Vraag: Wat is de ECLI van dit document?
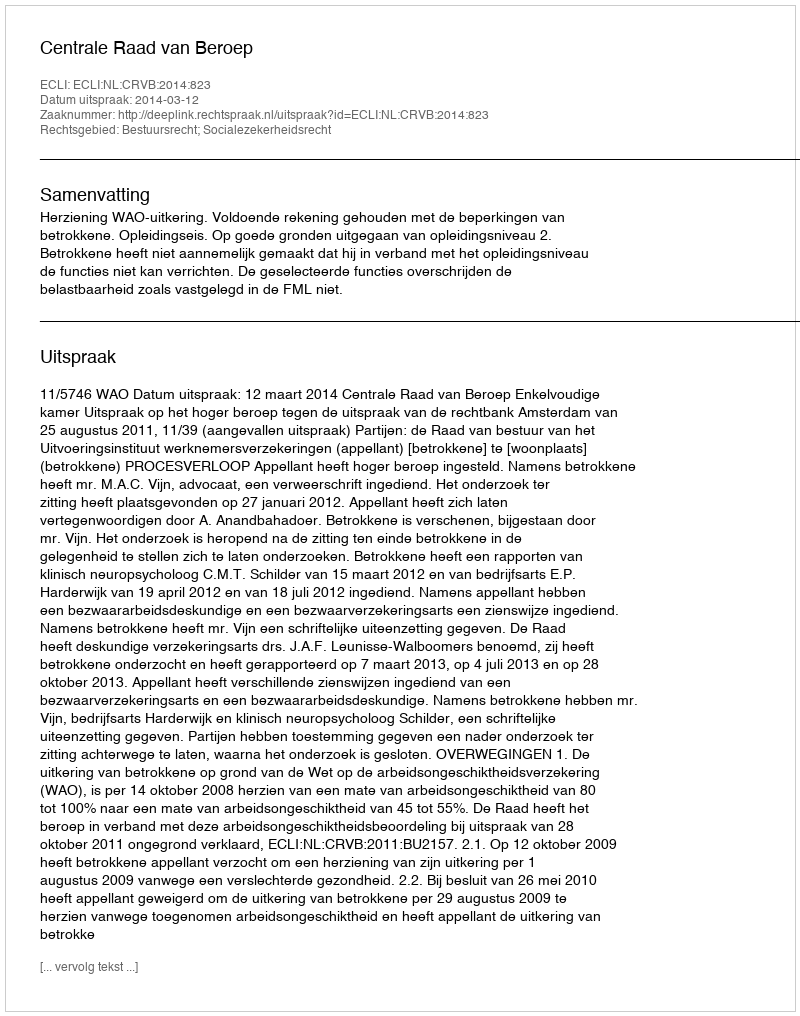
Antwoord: ECLI:NL:CRVB:2014:823